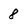
Character: 8